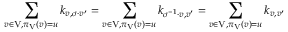
\sum _ { v \in \mathrm { V } , \pi _ { \mathrm { V } } \left( v \right) = u } k _ { v , \sigma \cdot v ^ { \prime } } = \sum _ { v \in \mathrm { V } , \pi _ { \mathrm { V } } \left( v \right) = u } k _ { \sigma ^ { - 1 } \cdot v , v ^ { \prime } } = \sum _ { v \in \mathrm { V } , \pi _ { \mathrm { V } } \left( v \right) = u } k _ { v , v ^ { \prime } }